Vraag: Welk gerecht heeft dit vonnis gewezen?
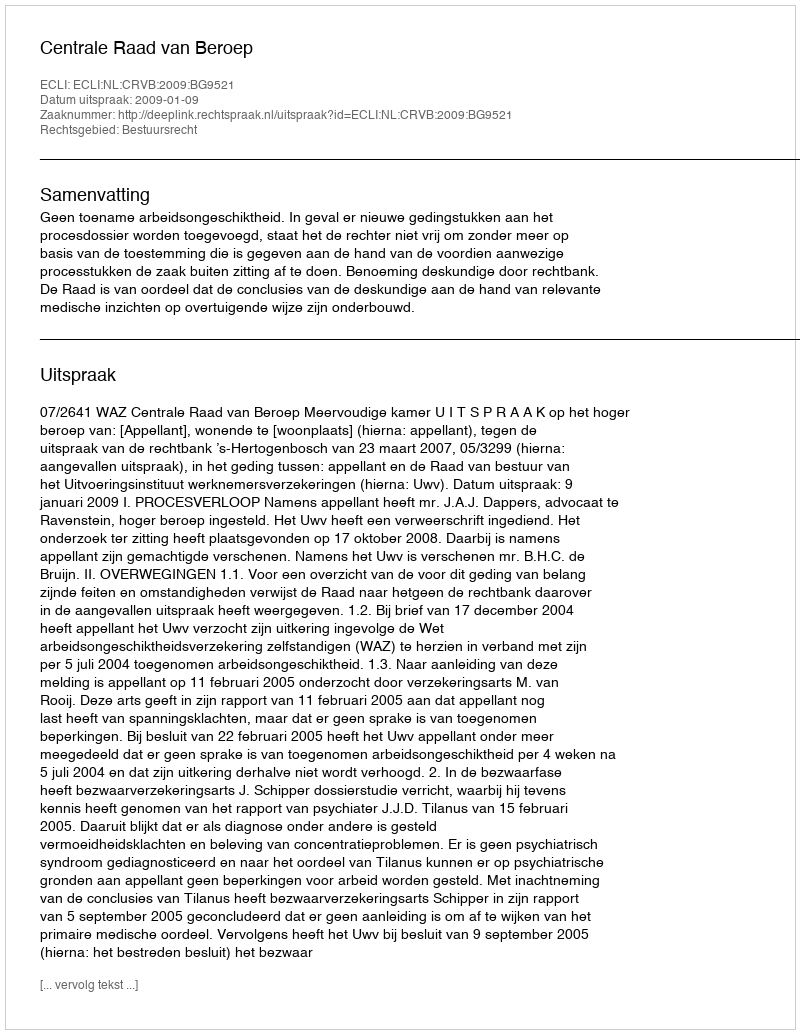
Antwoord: Centrale Raad van Beroep